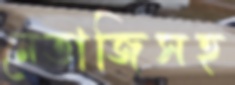
নেতাজিসহ